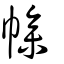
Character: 幓